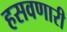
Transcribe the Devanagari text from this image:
हसवणारी